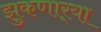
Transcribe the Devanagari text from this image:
झुकणार्‍या